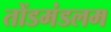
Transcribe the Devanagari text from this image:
तोंडमंडलम